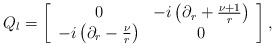
\begin{align*}Q_l=\left[\begin{array}{cc}0&-i\left(\partial_r+\frac{\nu +1}{r}\right)\\-i\left(\partial_r-\frac{\nu}{r}\right) & 0\end{array}\right],\end{align*}